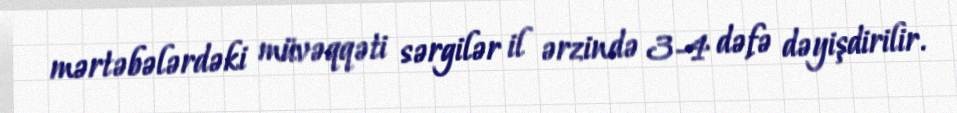
mərtəbələrdəki müvəqqəti sərgilər il ərzində 3-4 dəfə dəyişdirilir.